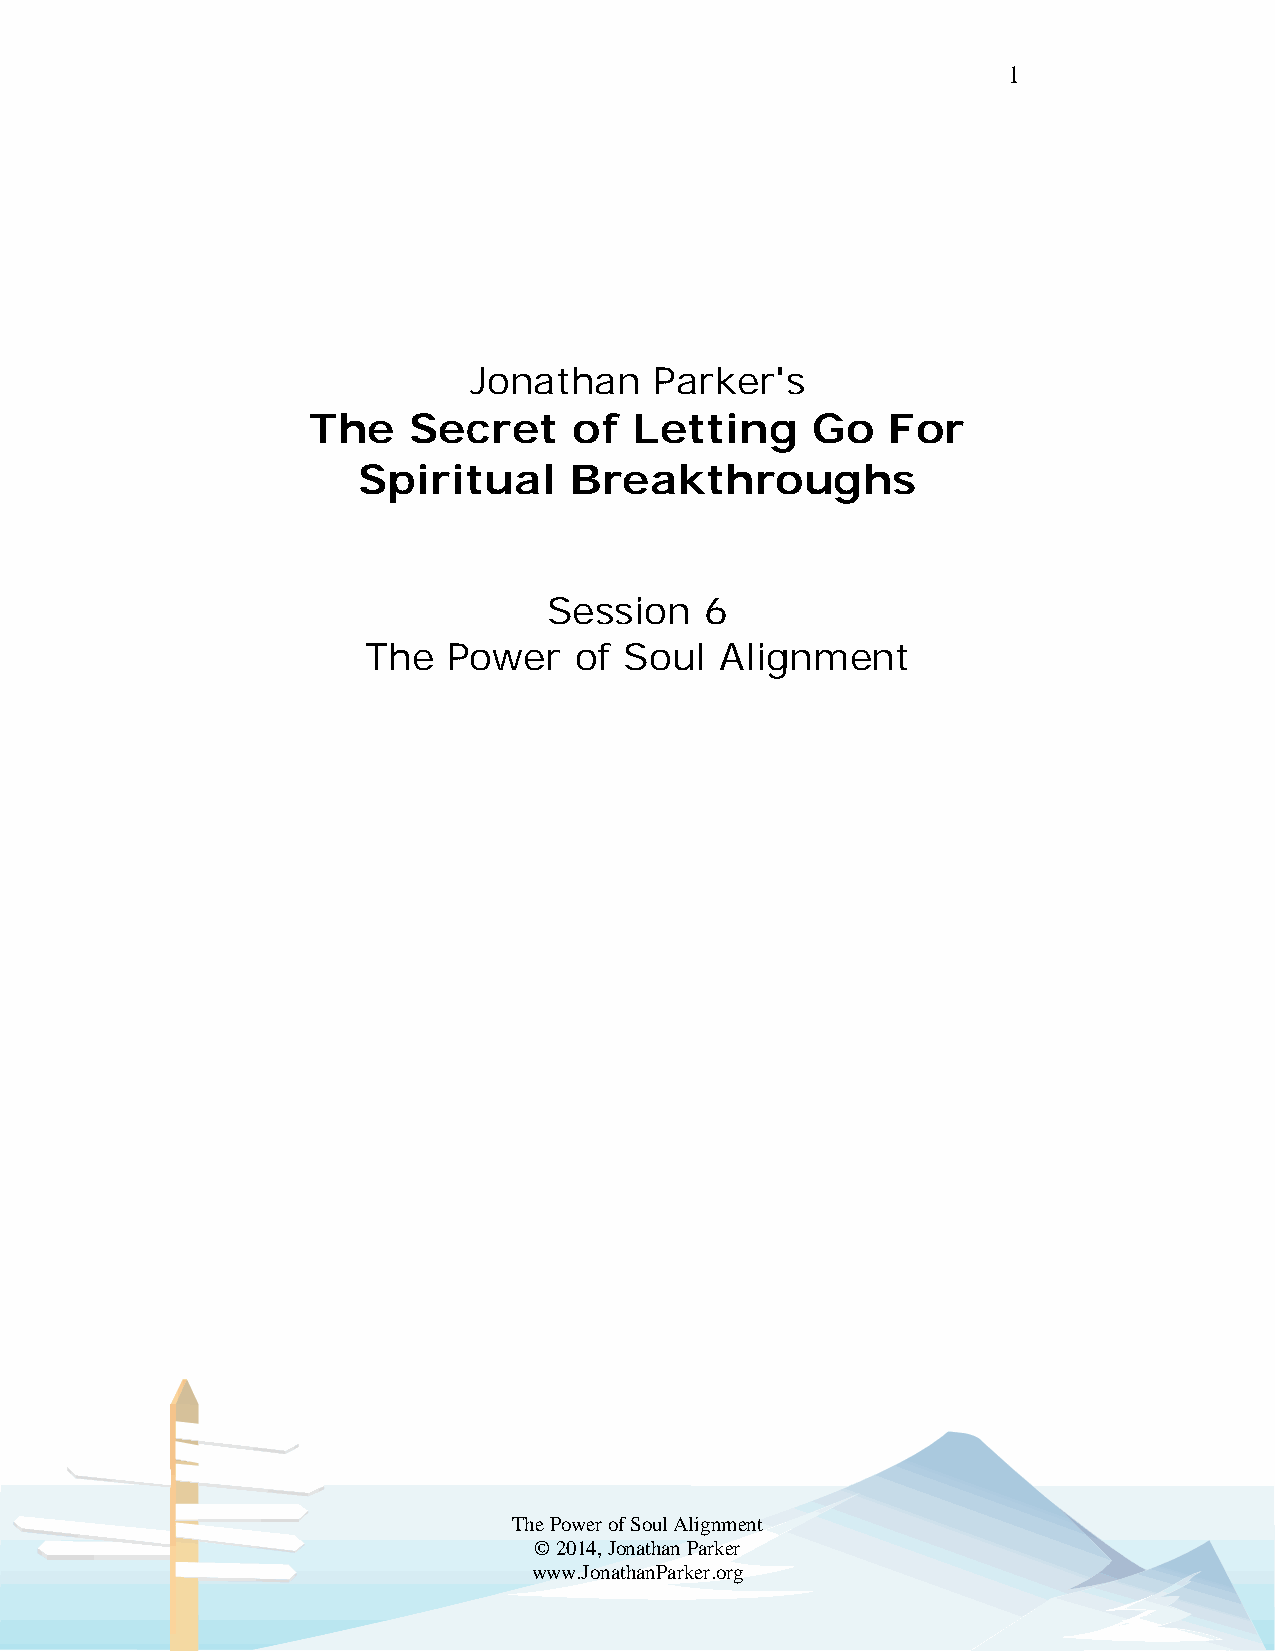
1
 Jonathan    Parker's
 The    Secret     of  Letting     Go   For
 Spiritual     Breakthroughs
 Session    6
 The   Power   of Soul   Alignment
 The Power of Soul Alignment
 © 2014, Jonathan Parker
 www.JonathanParker.org